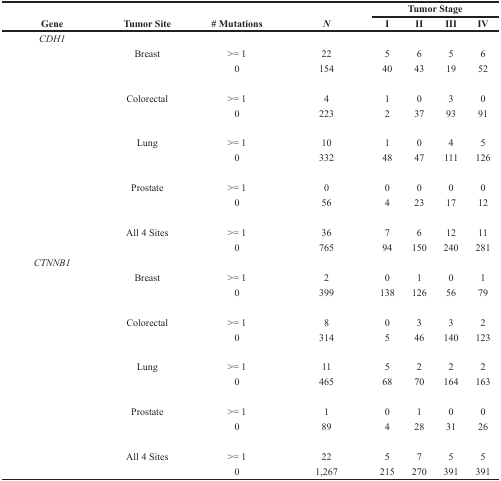
<table><thead><tr><td>[EMPTY_CELL]</td><td>[EMPTY_CELL]</td><td>[EMPTY_CELL]</td><td>[EMPTY_CELL]</td><td colspan="4"><b>Tumor Stage</b></td></tr><tr><td><b>Gene</b></td><td><b>Tumor Site</b></td><td><b># Mutations</b></td><td><b><i>N</i></b></td><td><b>I</b></td><td><b>II</b></td><td><b>III</b></td><td><b>IV</b></td></tr></thead><tbody><tr><td><i>CDH1</i></td><td>[EMPTY_CELL]</td><td>[EMPTY_CELL]</td><td>[EMPTY_CELL]</td><td>[EMPTY_CELL]</td><td>[EMPTY_CELL]</td><td>[EMPTY_CELL]</td><td>[EMPTY_CELL]</td></tr><tr><td>[EMPTY_CELL]</td><td>Breast</td><td>&gt;= 1</td><td>22</td><td>5</td><td>6</td><td>5</td><td>6</td></tr><tr><td>[EMPTY_CELL]</td><td>[EMPTY_CELL]</td><td>0</td><td>154</td><td>40</td><td>43</td><td>19</td><td>52</td></tr><tr><td>[EMPTY_CELL]</td><td>Colorectal</td><td>&gt;= 1</td><td>4</td><td>1</td><td>0</td><td>3</td><td>0</td></tr><tr><td>[EMPTY_CELL]</td><td>[EMPTY_CELL]</td><td>0</td><td>223</td><td>2</td><td>37</td><td>93</td><td>91</td></tr><tr><td>[EMPTY_CELL]</td><td>Lung</td><td>&gt;= 1</td><td>10</td><td>1</td><td>0</td><td>4</td><td>5</td></tr><tr><td>[EMPTY_CELL]</td><td>[EMPTY_CELL]</td><td>0</td><td>332</td><td>48</td><td>47</td><td>111</td><td>126</td></tr><tr><td>[EMPTY_CELL]</td><td>Prostate</td><td>&gt;= 1</td><td>0</td><td>0</td><td>0</td><td>0</td><td>0</td></tr><tr><td>[EMPTY_CELL]</td><td>[EMPTY_CELL]</td><td>0</td><td>56</td><td>4</td><td>23</td><td>17</td><td>12</td></tr><tr><td>[EMPTY_CELL]</td><td>All 4 Sites</td><td>&gt;= 1</td><td>36</td><td>7</td><td>6</td><td>12</td><td>11</td></tr><tr><td>[EMPTY_CELL]</td><td>[EMPTY_CELL]</td><td>0</td><td>765</td><td>94</td><td>150</td><td>240</td><td>281</td></tr><tr><td><i>CTNNB1</i></td><td>[EMPTY_CELL]</td><td>[EMPTY_CELL]</td><td>[EMPTY_CELL]</td><td>[EMPTY_CELL]</td><td>[EMPTY_CELL]</td><td>[EMPTY_CELL]</td><td>[EMPTY_CELL]</td></tr><tr><td>[EMPTY_CELL]</td><td>Breast</td><td>&gt;= 1</td><td>2</td><td>0</td><td>1</td><td>0</td><td>1</td></tr><tr><td>[EMPTY_CELL]</td><td>[EMPTY_CELL]</td><td>0</td><td>399</td><td>138</td><td>126</td><td>56</td><td>79</td></tr><tr><td>[EMPTY_CELL]</td><td>Colorectal</td><td>&gt;= 1</td><td>8</td><td>0</td><td>3</td><td>3</td><td>2</td></tr><tr><td>[EMPTY_CELL]</td><td>[EMPTY_CELL]</td><td>0</td><td>314</td><td>5</td><td>46</td><td>140</td><td>123</td></tr><tr><td>[EMPTY_CELL]</td><td>Lung</td><td>&gt;= 1</td><td>11</td><td>5</td><td>2</td><td>2</td><td>2</td></tr><tr><td>[EMPTY_CELL]</td><td>[EMPTY_CELL]</td><td>0</td><td>465</td><td>68</td><td>70</td><td>164</td><td>163</td></tr><tr><td>[EMPTY_CELL]</td><td>Prostate</td><td>&gt;= 1</td><td>1</td><td>0</td><td>1</td><td>0</td><td>0</td></tr><tr><td>[EMPTY_CELL]</td><td>[EMPTY_CELL]</td><td>0</td><td>89</td><td>4</td><td>28</td><td>31</td><td>26</td></tr><tr><td>[EMPTY_CELL]</td><td>All 4 Sites</td><td>&gt;= 1</td><td>22</td><td>5</td><td>7</td><td>5</td><td>5</td></tr><tr><td>[EMPTY_CELL]</td><td>[EMPTY_CELL]</td><td>0</td><td>1,267</td><td>215</td><td>270</td><td>391</td><td>391</td></tr></tbody></table>